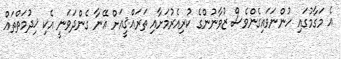
އެ މަގާމުގައި ހުންނަވައިގެންވެސް ޒުވާނުންގެ ކުރިއެރުމަށާއި ތަރައްޤީއަށް އޭނާ ގެންދަވަނީ އެކި ޚިދުމަތްތައް